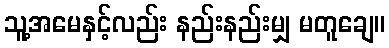
သူ့အမေနှင့်လည်း နည်းနည်းမျှ မတူချေ။